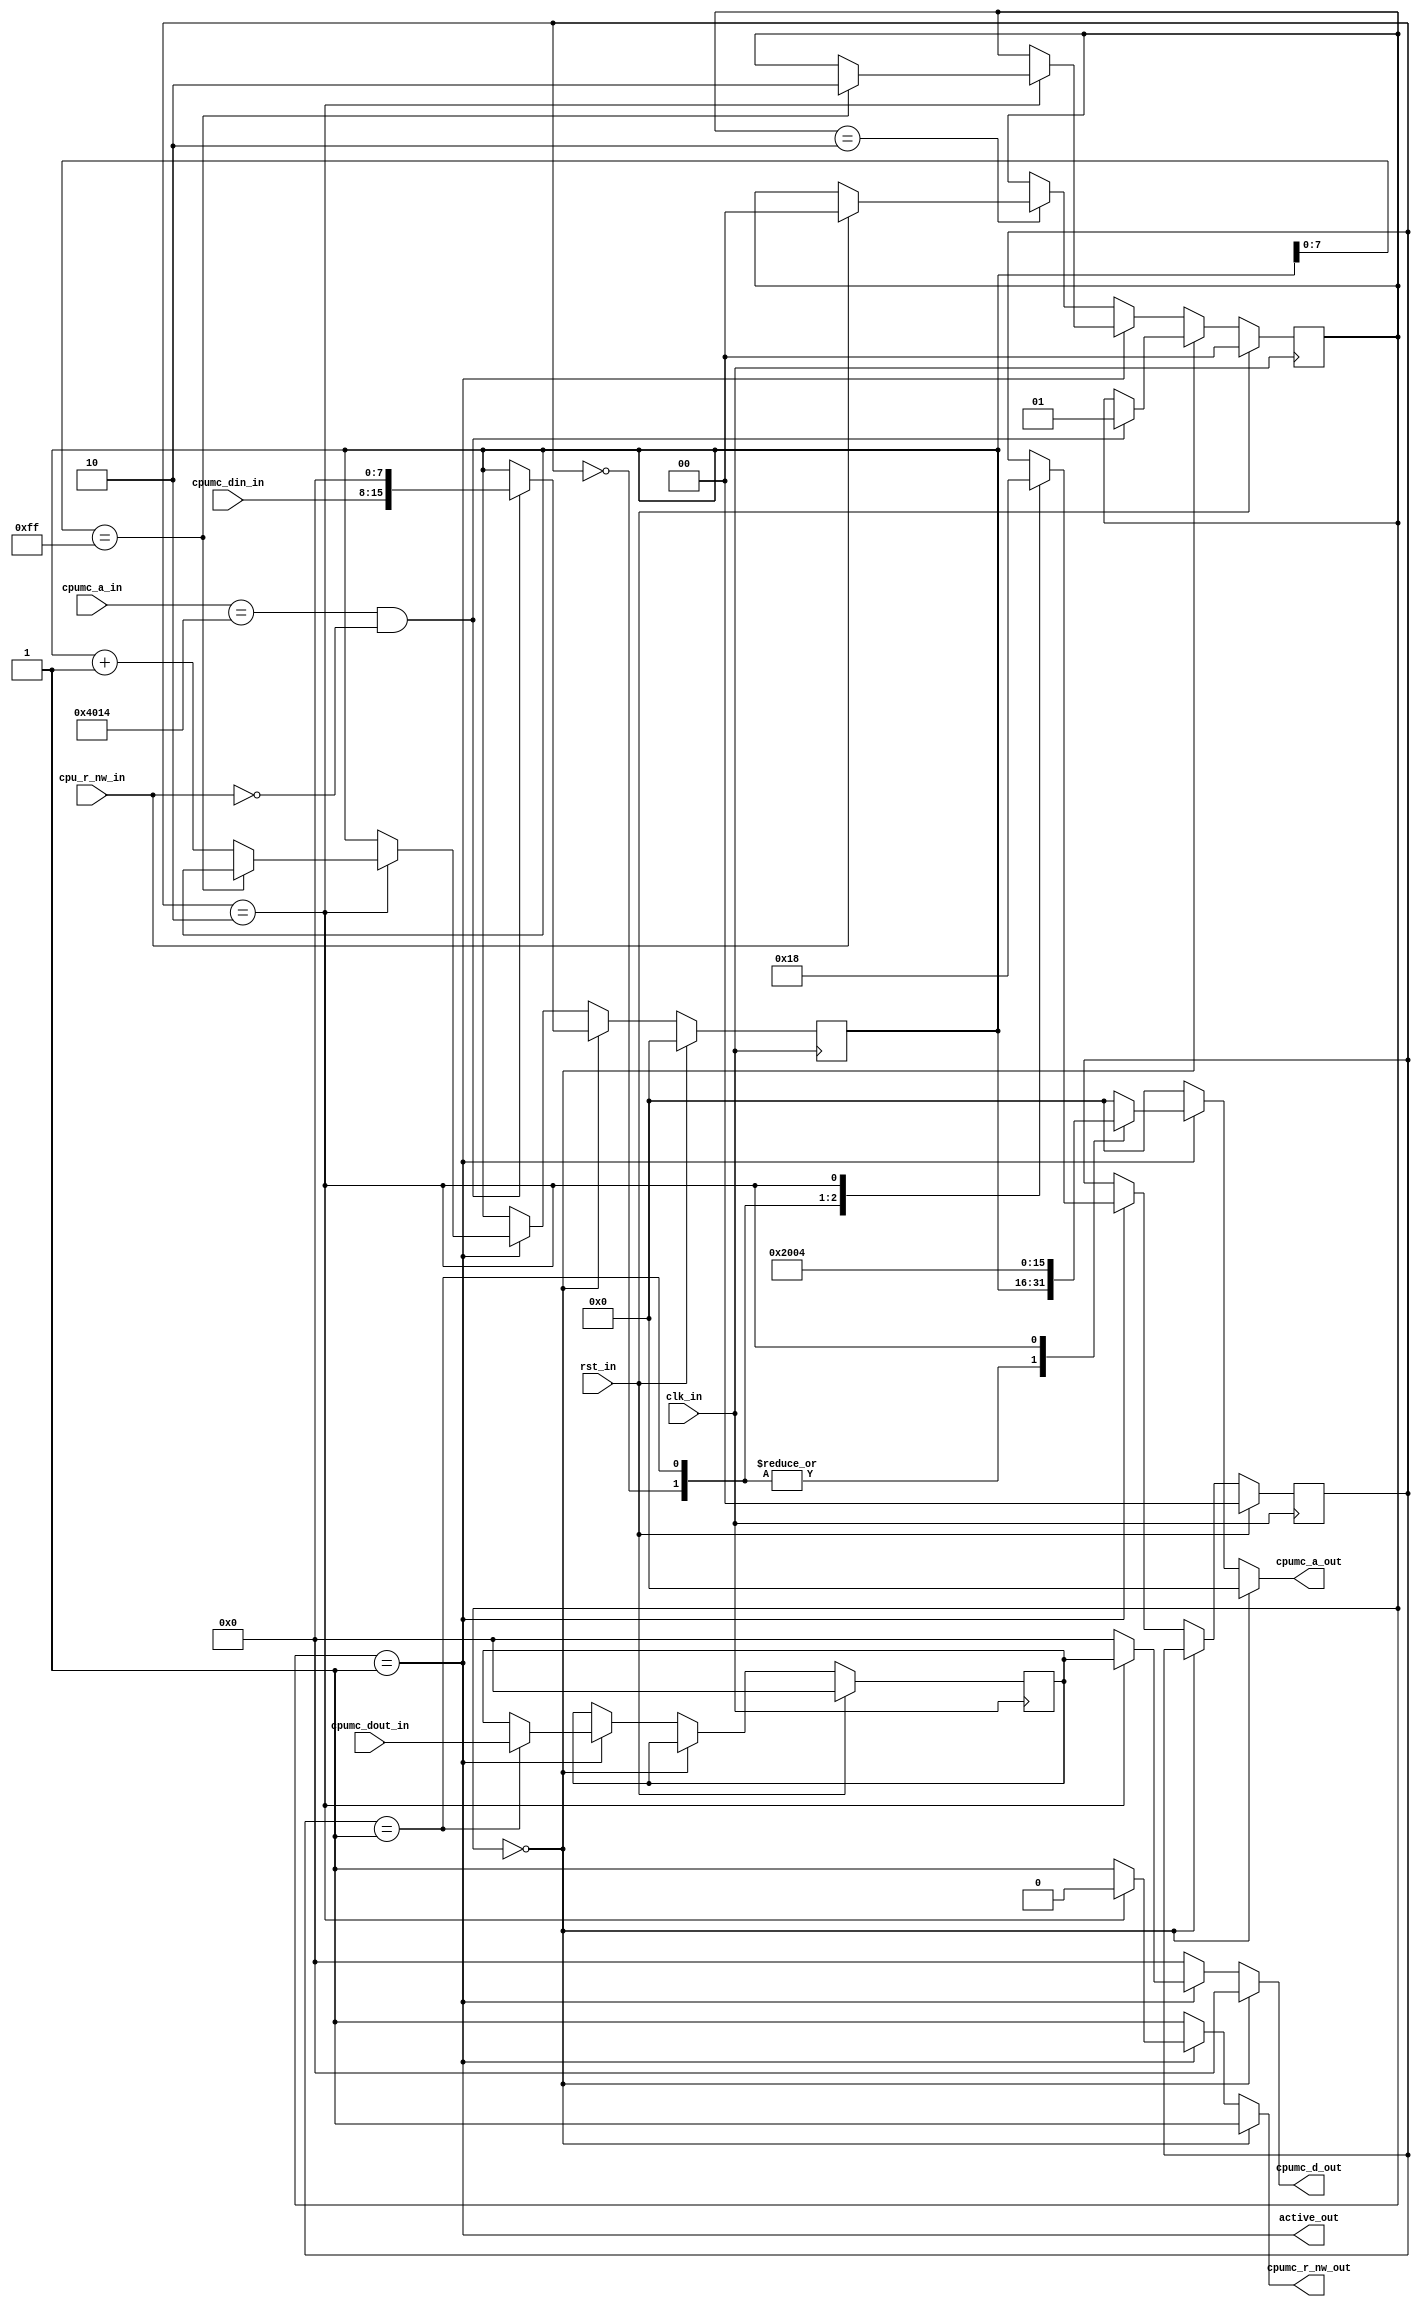
/***************************************************************************************************
** fpga_nes/hw/src/cpu/sprdma.v
*
*  Copyright (c) 2012, Brian Bennett
*  All rights reserved.
*
*  Redistribution and use in source and binary forms, with or without modification, are permitted
*  provided that the following conditions are met:
*
*  1. Redistributions of source code must retain the above copyright notice, this list of conditions
*     and the following disclaimer.
*  2. Redistributions in binary form must reproduce the above copyright notice, this list of
*     conditions and the following disclaimer in the documentation and/or other materials provided
*     with the distribution.
*
*  THIS SOFTWARE IS PROVIDED BY THE COPYRIGHT HOLDERS AND CONTRIBUTORS "AS IS" AND ANY EXPRESS OR
*  IMPLIED WARRANTIES, INCLUDING, BUT NOT LIMITED TO, THE IMPLIED WARRANTIES OF MERCHANTABILITY AND
*  FITNESS FOR A PARTICULAR PURPOSE ARE DISCLAIMED. IN NO EVENT SHALL THE COPYRIGHT OWNER OR
*  CONTRIBUTORS BE LIABLE FOR ANY DIRECT, INDIRECT, INCIDENTAL, SPECIAL, EXEMPLARY, OR CONSEQUENTIAL
*  DAMAGES (INCLUDING, BUT NOT LIMITED TO, PROCUREMENT OF SUBSTITUTE GOODS OR SERVICES; LOSS OF USE,
*  DATA, OR PROFITS; OR BUSINESS INTERRUPTION) HOWEVER CAUSED AND ON ANY THEORY OF LIABILITY,
*  WHETHER IN CONTRACT, STRICT LIABILITY, OR TORT (INCLUDING NEGLIGENCE OR OTHERWISE) ARISING IN ANY
*  WAY OUT OF THE USE OF THIS SOFTWARE, EVEN IF ADVISED OF THE POSSIBILITY OF SUCH DAMAGE.
*
*  Sprite DMA control block.
***************************************************************************************************/

module sprdma
(
  input  wire        clk_in,         // 100MHz system clock signal
  input  wire        rst_in,         // reset signal
  input  wire [15:0] cpumc_a_in,     // cpu address bus in (to snoop cpu writes of 0x4014)
  input  wire [ 7:0] cpumc_din_in,   // cpumc din bus in (to snoop cpu writes of 0x4014)
  input  wire [ 7:0] cpumc_dout_in,  // cpumc dout bus in (to receive sprdma read data)
  input  wire        cpu_r_nw_in,    // cpu write enable (to snoop cpu writes of 0x4014)
  output wire        active_out,     // high when sprdma is active (de-assert cpu ready signal)
  output reg  [15:0] cpumc_a_out,    // cpu address bus out (for dma cpu mem reads/writes)
  output reg  [ 7:0] cpumc_d_out,    // cpu data bus out (for dma mem writes)
  output reg         cpumc_r_nw_out  // cpu r_nw signal out (for dma mem writes)
);

// Symbolic state representations.
localparam [1:0] S_READY    = 2'h0,
                 S_ACTIVE   = 2'h1,
                 S_COOLDOWN = 2'h2;

reg [ 1:0] q_state, d_state; // current fsm state
reg [15:0] q_addr,  d_addr;  // current cpu address to be copied to sprite ram
reg [ 1:0] q_cnt,   d_cnt;   // counter to manage stages of dma copies
reg [ 7:0] q_data,  d_data;  // latch for data read from cpu mem

// Update FF state.
always @(posedge clk_in)
  begin
    if (rst_in)
      begin
        q_state <= S_READY;
        q_addr  <= 16'h0000;
        q_cnt   <= 2'h0;
        q_data  <= 8'h00;
      end
    else
      begin
        q_state <= d_state;
        q_addr  <= d_addr;
        q_cnt   <= d_cnt;
        q_data  <= d_data;
      end
  end

always @*
  begin
    // Default regs to current state.
    d_state = q_state;
    d_addr  = q_addr;
    d_cnt   = q_cnt;
    d_data  = q_data;

    // Default to no memory action.
    cpumc_a_out    = 16'h00;
    cpumc_d_out    = 8'h00;
    cpumc_r_nw_out = 1'b1;

    if (q_state == S_READY)
      begin
        // Detect write to 0x4014 to begin DMA.
        if ((cpumc_a_in == 16'h4014) && !cpu_r_nw_in)
          begin
            d_state = S_ACTIVE;
            d_addr  = { cpumc_din_in, 8'h00 };
          end
      end
    else if (q_state == S_ACTIVE)
      begin
        case (q_cnt)
          2'h0:
            begin
              cpumc_a_out = q_addr;
              d_cnt       = 2'h1;
            end
          2'h1:
            begin
              cpumc_a_out = q_addr;
              d_data      = cpumc_dout_in;
              d_cnt       = 2'h2;
            end
          2'h2:
            begin
              cpumc_a_out    = 16'h2004;
              cpumc_d_out    = q_data;
              cpumc_r_nw_out = 1'b0;
              d_cnt          = 2'h0;

              if (q_addr[7:0] == 8'hff)
                d_state = S_COOLDOWN;
              else
                d_addr = q_addr + 16'h0001;
            end
        endcase
      end
    else if (q_state == S_COOLDOWN)
      begin
        if (cpu_r_nw_in)
          d_state = S_READY;
      end
  end

assign active_out = (q_state == S_ACTIVE);

endmodule